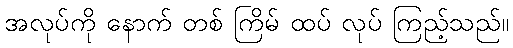
အလုပ်ကို နောက် တစ် ကြိမ် ထပ် လုပ် ကြည့်သည်။